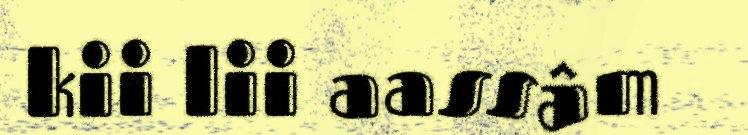
kii lii aassâm